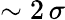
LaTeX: \sim 2\, \sigma